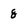
Character: 8